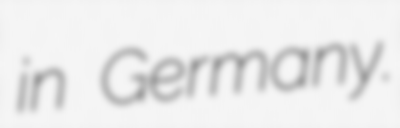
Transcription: in Germany.